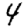
Digit: 4